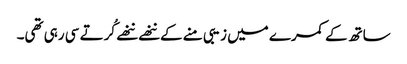
ساتھ کے کمرے میں زیبی منے کے ننھے ننھے کُرتے سی رہی تھی۔